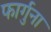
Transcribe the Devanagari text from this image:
फार्गुना